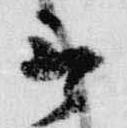
言